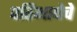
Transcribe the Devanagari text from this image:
परिभाषेचे